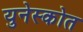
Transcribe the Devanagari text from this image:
युनेस्कोत